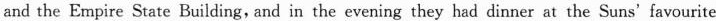
and the Empire State Building, and in the evening they had dinner at the Suns'favourite